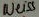
Text: Weiss